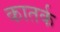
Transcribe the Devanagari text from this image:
कातर्क